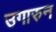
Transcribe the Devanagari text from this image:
उगारुन